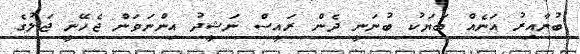
ބުނާއިރު އަނެއް ބަޔަކު ބުނަނީ ދެން ރައީސް ނަޝީދު އިންނަވަން ޖެހޭނީ ޖަލުގެ